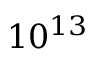
1 0 ^ { 1 3 }